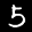
Label: 5